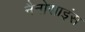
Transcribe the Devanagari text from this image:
नैनोसाइंस